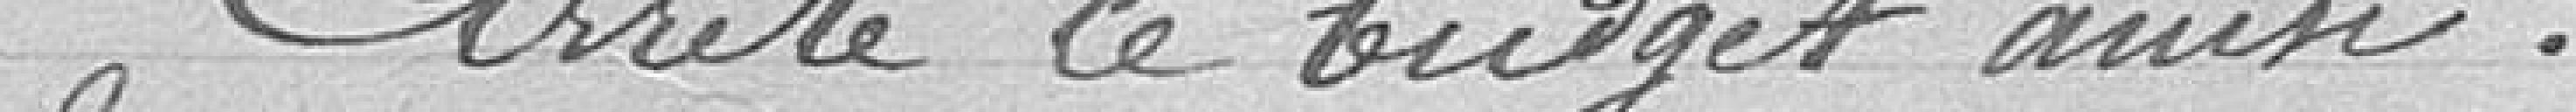
Arrête le budget ainsi :